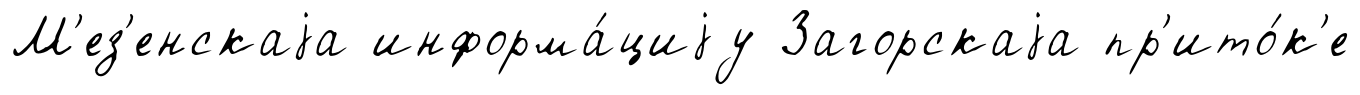
М'ез'енскаjа информа́циjу Загорскаjа пр'ито́к'е